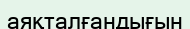
аяқталғандығын